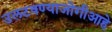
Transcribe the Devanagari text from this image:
उलटवण्याजोगीआहे